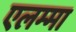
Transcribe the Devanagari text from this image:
एलम्‍मा